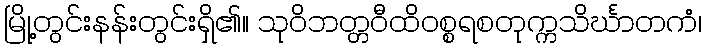
မြို့တွင်းနန်းတွင်းရှိ၏။ သုဝိဘတ္တဝီထိဝစ္စရစတုက္ကသိင်္ဃာတကံ၊